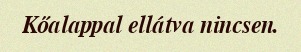
Kőalappal ellátva nincsen.